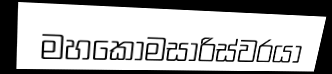
මහකොමසාරිස්වරයා